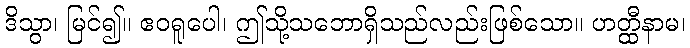
ဒိသွာ၊ မြင်၍။ ဧဝရူပေါ၊ ဤသို့သဘောရှိသည်လည်းဖြစ်သော။ ဟတ္ထီနာမ၊